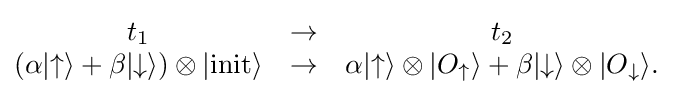
{\begin{matrix}t_{1}&\rightarrow &t_{2}\\\left(\alpha |{\uparrow }\rangle +\beta |{\downarrow }\rangle \right)\otimes |{\text{init}}\rangle &\rightarrow &\alpha |{\uparrow }\rangle \otimes |O_{\uparrow }\rangle +\beta |{\downarrow }\rangle \otimes |O_{\downarrow }\rangle .\end{matrix}}